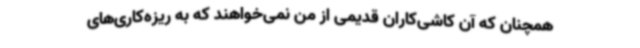
همچنان که آن کاشی‌کاران قدیمی از من نمی‌خواهند که به ریزه‌کاری‌های